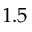
1 . 5